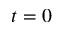
t = 0